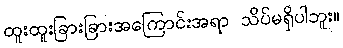
ထူးထူးခြားခြားအကြောင်းအရာ သိပ်မရှိပါဘူး။